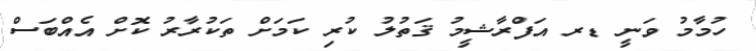
ހުމާމު ވަނީ ޑރ އަފްރާޝީމު ޤަތުލު ކުރި ކަމަށް ތަކުރާރު ކޮށް އެއްބަސް